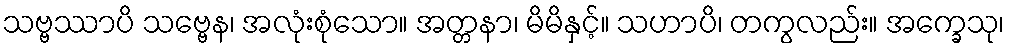
သဗ္ဗဿာပိ သဗ္ဗေန၊ အလုံးစုံသော။ အတ္တနာ၊ မိမိနှင့်။ သဟာပိ၊ တကွလည်း။ အက္ခေသု၊